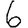
Digit: 6